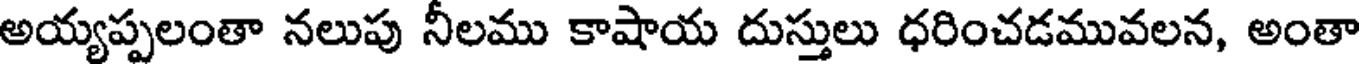
అయ్యప్పలంతా నలుపు నీలము కాషాయ దుస్తులు ధరించడమువలన, అంతా